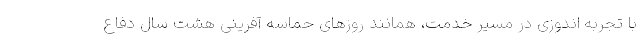
با تجربه اندوزی در مسیر خدمت، همانند روزهای حماسه آفرینی هشت سال دفاع